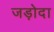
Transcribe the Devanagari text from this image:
जड़ोदा